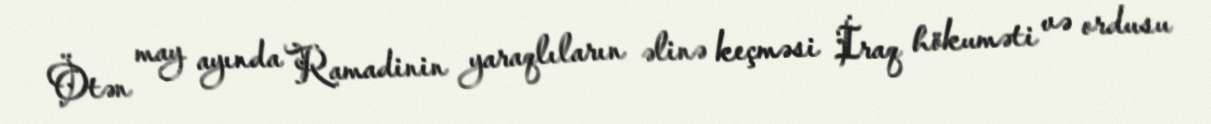
Ötən may ayında Ramadinin yaraqlıların əlinə keçməsi İraq hökuməti və ordusu